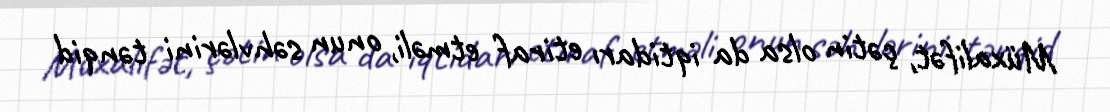
Müxalifət, çətin olsa da iqtidarı etiraf etməli, onun səhvlərini tənqid